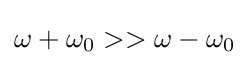
\omega +\omega _{0}>>\omega -\omega _{0}